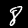
Digit: 8